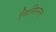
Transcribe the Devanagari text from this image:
विसिनल